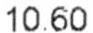
10.60